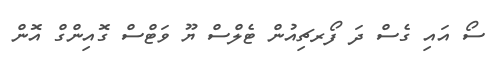
ސޯ އައި ގެސް ދަ ފޯރޗިއުން ޓެލްސް ޔޫ ވަޓްސް ގޮއިންގް އޮން